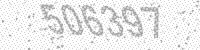
Solution: 506397